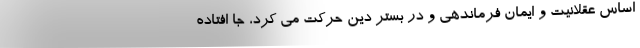
اساس عقلانیت و ایمان فرماندهی و در بستر دین حرکت می کرد، جا افتاده